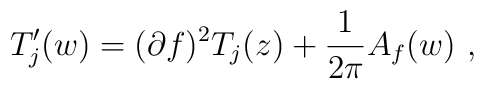
T'_j(w)=(\partial f)^2 T_j(z)+{1 \over 2\pi} A_f(w)~,